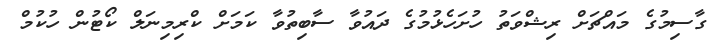
ގާސިމުގެ މައްޗަށް ރިޝްވަތު ހުށަހެޅުމުގެ ދައުވާ ސާބިތުވާ ކަމަށް ކްރިމިނަލް ކޯޓުން ހުކުމް